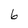
Character: 6